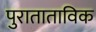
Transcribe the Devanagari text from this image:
पुराताताविक